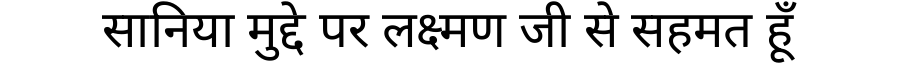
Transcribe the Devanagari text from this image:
सानिया मुद्दे पर लक्ष्मण जी से सहमत हूँ